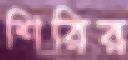
শিরির